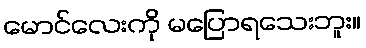
မောင်လေးကို မပြောရသေးဘူး။